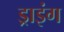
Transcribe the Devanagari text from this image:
ड्राइंंग